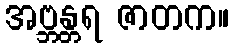
အဗ္ဘန္တရ ဇာတက။